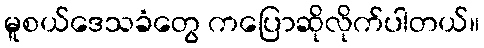
မူစယ်ဒေသခံတွေ ကပြောဆိုလိုက်ပါတယ်။